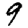
Digit: 9